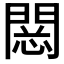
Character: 𨴮